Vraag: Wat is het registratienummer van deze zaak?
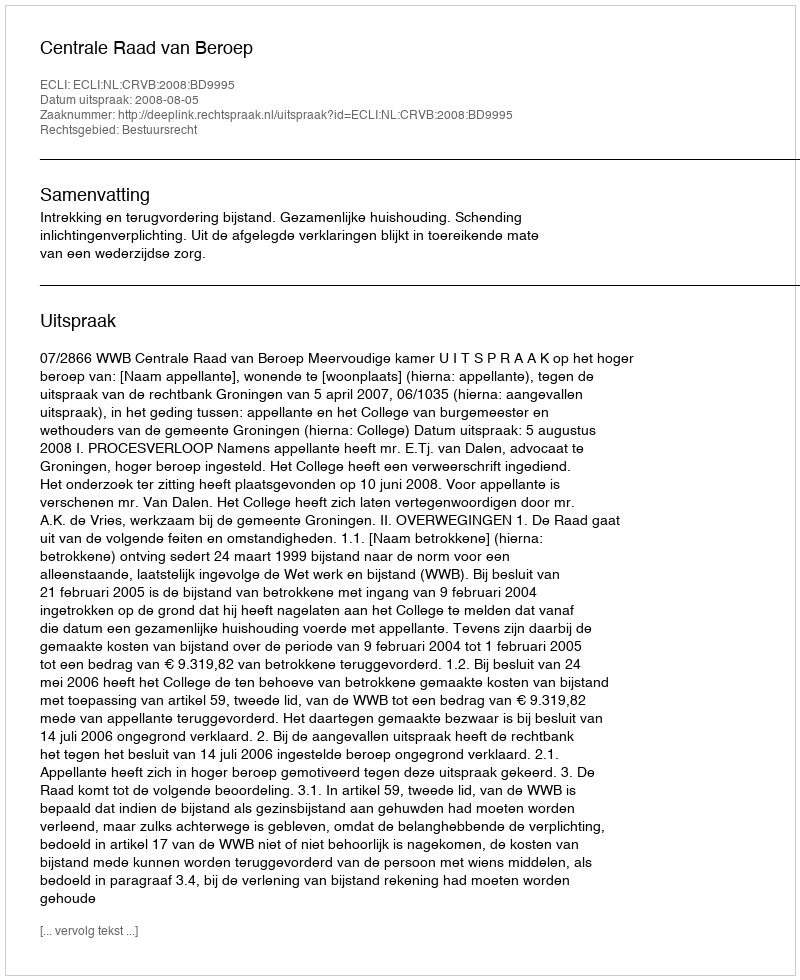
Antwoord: http://deeplink.rechtspraak.nl/uitspraak?id=ECLI:NL:CRVB:2008:BD9995